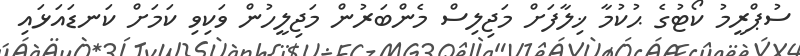
ސުޕްރީމު ކޯޓުގެ ޙުކުމާ ޚިލާފަށް މަޖިލިސް މެންބަރުން މަޖިލީހުން ވަކިވި ކަމަށް ކަނޑައަޅައި